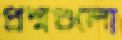
প্রশ্নগুলো